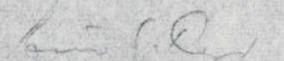
Eino S. Repo